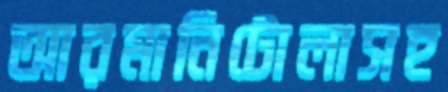
আরমানিটোলাসহ